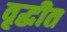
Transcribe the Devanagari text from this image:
वृद्धीत